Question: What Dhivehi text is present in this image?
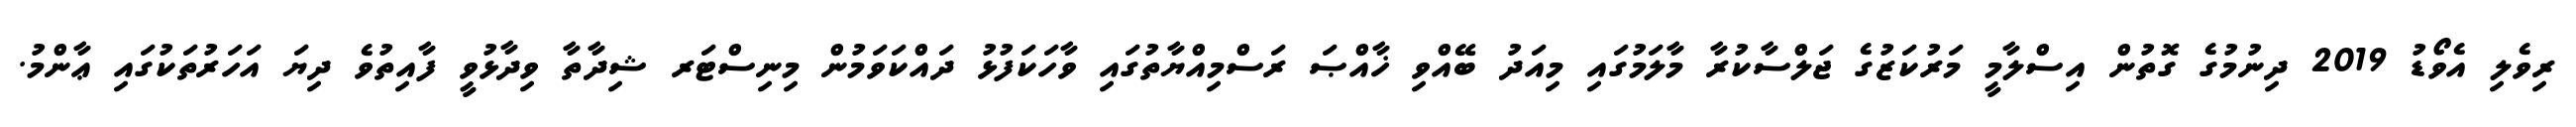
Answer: ރިވެލި އެވޯޑު 2019 ދިނުމުގެ ގޮތުން އިސްލާމީ މަރުކަޒުގެ ޖަލްސާކުރާ މާލަމުގައި މިއަދު ބޭއްވި ޚާއްޞަ ރަސްމިއްޔާތުގައި ވާހަކަފުޅު ދައްކަވަމުން މިނިސްޓަރ ޝިދާތާ ވިދާޅުވީ ފާއިތުވެ ދިޔަ އަހަރުތަކުގައި ޢާންމު.